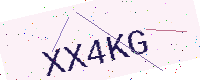
Text: XX4KG